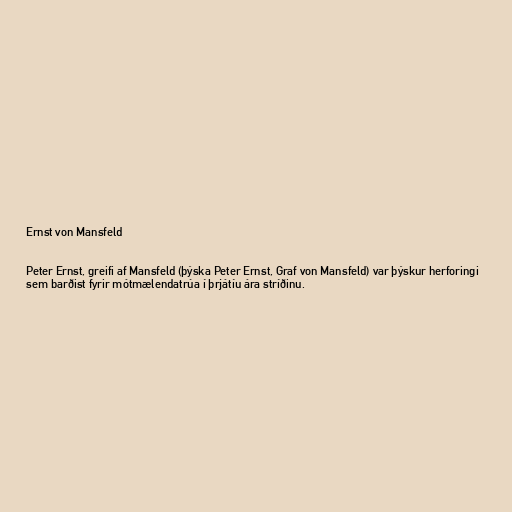
Ernst von Mansfeld

Peter Ernst, greifi af Mansfeld (þýska Peter Ernst, Graf von Mansfeld) var þýskur herforingi
sem barðist fyrir mótmælendatrúa í þrjátíu ára stríðinu.